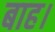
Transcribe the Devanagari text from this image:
बाह।